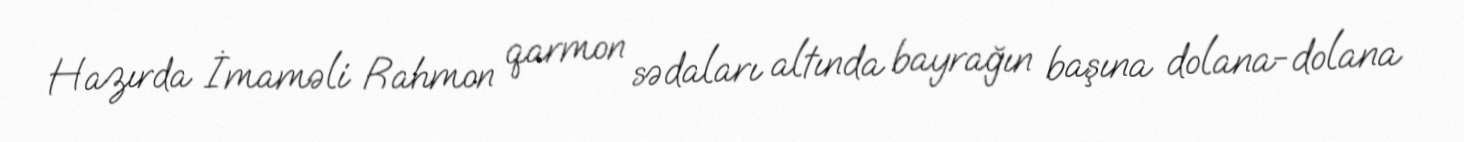
Hazırda İmaməli Rahmon qarmon sədaları altında bayrağın başına dolana-dolana